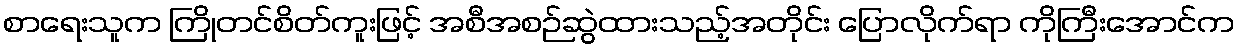
စာရေးသူက ကြိုတင်စိတ်ကူးဖြင့် အစီအစဉ်ဆွဲထားသည့်အတိုင်း ပြောလိုက်ရာ ကိုကြီးအောင်က